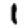
Digit: 1